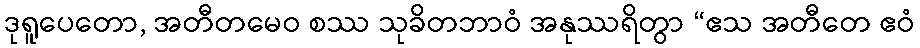
ဒုရူပေတော, အတီတမေဝ စဿ သုခိတဘာဝံ အနုဿရိတွာ “ဧသ အတီတေ ဧဝံ